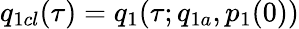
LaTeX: q_{1cl}(\tau)=q_{1}(\tau;q_{1a},p_{1}(0))